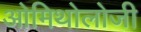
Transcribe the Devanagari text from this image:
ओमिथोलोजी